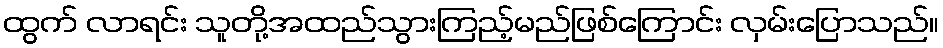
ထွက် လာရင်း သူတို့အထည်သွားကြည့်မည်ဖြစ်ကြောင်း လှမ်းပြောသည်။